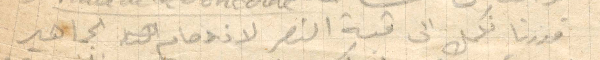
قدرنا نكمل الى قبة النصر لازدحام الجماهير